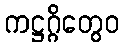
ကဋ္ဌဂ္ဂိတွေဝ